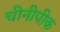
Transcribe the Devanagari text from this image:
चीनीपीक